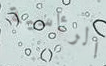
الرئاسية